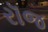
રૉજ